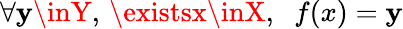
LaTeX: \forall\mathbf{y}\inY,\, \existsx\inX,\; \; f(x)=\mathbf{y}